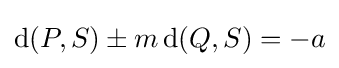
\operatorname {d} (P,S)\pm m\operatorname {d} (Q,S)=-a